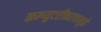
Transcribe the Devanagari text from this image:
कम्प्युटरीकरणामुळे